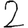
Digit: 2